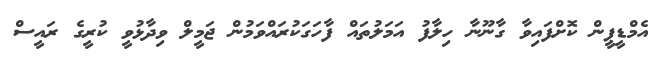
އެމްޑީޕީން ކޮށްފައިވާ ގާނޫނާ ހިލާފު އަމަލުތައް ފާހަގަކުރައްވަމުން ޖަމީލް ވިދާޅުވީ ކުރީގެ ރައީސް